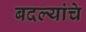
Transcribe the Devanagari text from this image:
बदल्यांचे